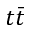
t \bar { t }